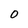
Character: O